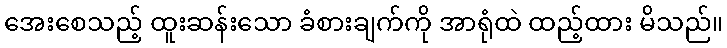
အေးစေသည့် ထူးဆန်းသော ခံစားချက်ကို အာရုံထဲ ထည့်ထား မိသည်။